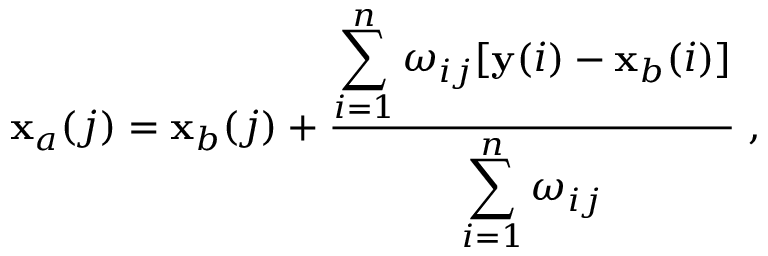
{ \bf x } _ { a } ( j ) = { \bf x } _ { b } ( j ) + \frac { \displaystyle \sum _ { i = 1 } ^ { n } \omega _ { i j } [ { \bf y } ( i ) - { \bf x } _ { b } ( i ) ] } { \displaystyle \sum _ { i = 1 } ^ { n } \omega _ { i j } } \; ,